Vaccination in Bombay 1902-1912 - 1902-1912
Year: 1902
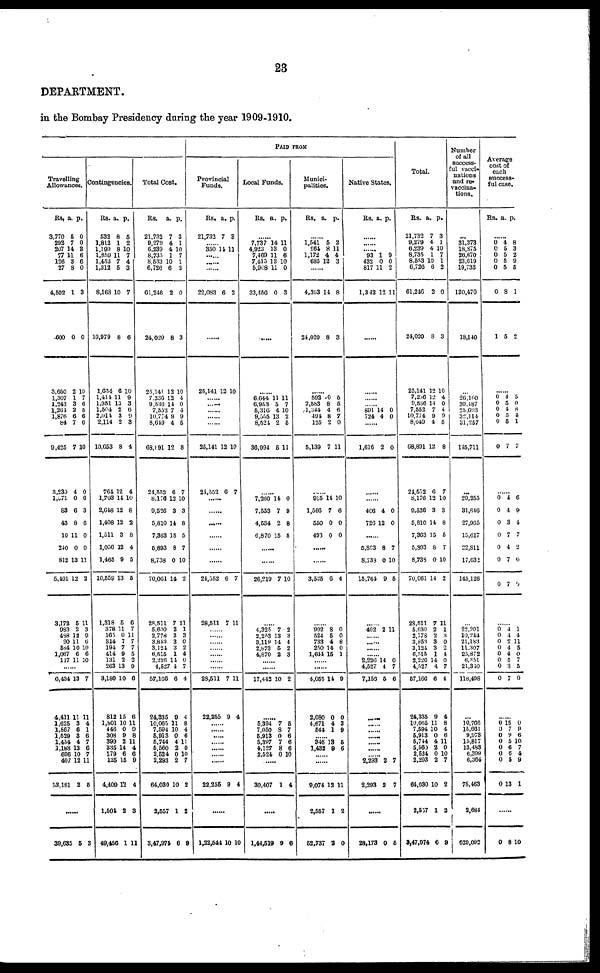
23
DEPARTMENT.
in the Bombay Presidency during the year 1909-1910.
Travelling
Allowances.
Rs.
3,770
292
207
77
126
27
4,502
600
3,650
1,307
1,243
1,264
1,876
84
9,425
3,230
1,671
83
43
10
240
812
5,491
3,172
983
488
20
584
1,067
117
a.
5
7
14
11
3
8
1
0
2
1
3
2
6
7
7
4
0
6
8
11
0
13
12
5
2
12
11
10
6
11
p.
0
0
3
6
6
0
3
0
10
7
6
5
6
0
10
0
6
3
6
0
0
11
2
11
3
9
6
10
6
10
......
6,434
4,411
1,625
1,867
1,529
1,454
1,188
696
407
13,181
13
11
3
6
3
4
13
10
12
2
7
11
4
1
6
7
6
7
11
5
......
39,635 5
3
Contingencies.
Rs.
532
1,812
1,199
1,859
1,452
1,312
8,168
10,979
1,634
1,414
1,951
1,504
2,014
2,114
10,653
764
1,703
2,648
1,408
1,511
1,056
1,465
10,559
1,318
378
165
314
194
414
131
263
3,180
812
1,801
446
308
399
335
179
125
4,409
1,504
49,456
a.
8
1
8
11
7
5
10
8
6
11
13
2
3
2
8
12
14
12
12
3
12
9
13
5
11
0
7
7
9
2 13
10
15
10
0
9
2
14
6
15
12
2
1
p.
5
2
10
7
4
3
7
6
10
9
3
6
9
3
4
4
10
8
2
8
4
5
5
6
V
11
7
7
5
2
9
6
6
11
9
8
11 4
6
9
4
3
11
Total Cost.
Rs.
21,732
9,279
6,239
8,735
8,533
6,726
61,246
24,020
25,141
7,236
9,536
7,552
10,774
8,649
68,891
24,552
8,176
9,526
5,810
7,363
5,893
8,738
70,061
28,511
5,630
2,778
3,853
3,124
6,515
2,226
4,527
57,166
24,335
10,065
7,594
5,913
5,744
5,560
2,524
2,293
64,030
2,557
3,47,974
a.
7
4
4
1
10
6
2
8
12
12
14
7
9
4
12
6
12
3
14
15
8
0
14
7
2
2
3
3
1
14
4
6
9
11
10
0
4
2
0
2
10
1
6
p.
3
1
10
7
1
2
0
3
10
4
0
4
9
5
8
7
10
3
8
5
7
10
2
11
1
3
0
2
4
0
7
4
4
8
4
6
11
0
10
7
2
2
9
PAID FROM
Provincial
Funds.
Rs.
21,732
a.
7
p.
3
...... 350 14 11
......
......
......
22,083 6 2
......
25,141 12 10
......
......
......
......
25,141
24,552
12
6
10
7
......
......
......
......
......
24,552
28,511
6
7
7
11
......
......
......
......
......
......
......
28,511
22,255
7
9
11
4
......
......
......
......
......
......
......
22,256 9 4
......
1,22,544 10 10
Local Funds.
Rs. a. p.
......
7,737
4,923
7,469
7,415
5,908
33,456
14
13
11
13
11
0
11 0
6
10
0
3
......
......
6,644
6,953
5,316
9,555
8,524
36,994
11
5
4
13
2
5
11
7
10
2
5
11
......
7,260
7,553
4,534
6,870
14
7
2
15
0
9
8
5
......
......
26,219 7 10
......
4,325
2,253
3,119
2,873
4,870
7
13
14
5
2
2
3
4
2
3
......
......
17,442 10 2
......
5,394
7,050
5,913
5,397
4,127
2,524
7
8
0
7 8
0
5
7
6
6
6
10
......
30,407 1 4
......
1,44,519 9 6
Munici-
palities.
Rs. a. p.
......
1,541
964
1,172
685
5
8
4
12
2
11
4
3
......
4,363
24,020
14
8
8
3
......
592
2,583
1,344
494
125
5,139
0
8
4
8
2
7
5
5
6
7
0
11
......
915
1,566
550
493
14
7
0
0
10
6
0
0
......
......
3,525 6 4
......
902
524
733
250
1,644
8
5
4
14
15
0
0
8
0
1
......
......
4,055
2,080
4,671
544
14
0
4
1
9
0
3
9
...... 346
1,432
13
9
5
6
......
......
9,074
2,557
52,737
12
1
2
11
2
0
Native States.
Rs. a. p.
......
......
...... 93
432
817
1,342
1
0
11
12
9
0
2
11
......
......
......
...... 891
724
14
4
0
0
......
1,616 2 0
......
......
406
726
4
12
0
0
......
5,893
8,738
15,764
8
0
9
7
10
5
......
402 2 11
......
......
...... 2,226
4,527
7,153
14
4
5
0
7
6
......
......
...... ......
......
......
...... 2,293
2,293
2
2
7
7
......
28,173 0 5
Total.
Rs.
21,732
9,279
6,239
8,735
8,553
6,726
61,246
24,020
25,141
7,236
9,536
7,552
10,774
8,649
68,891
24,552
8,176
9,526
5,810
7,363
5,893
8,738
70,061
23,511
5,630
2,778
3,853
3,124
6,515
2,226
4,527
57,166
24,335
10,065
7,594
5,913
5,744
5,560
2,524
2,293
64,030
2,557
3,47,974
a.
7
4
4
1
10
6
2
8
12
12
14
7
9
4
12
6
12
3
14
15
8
0
14
7
2
2
3
3
1
14
4
6
9
11
10
0
4
2
0
2
10
1
6
p.
3
1
10
7
1
2
0
3
10
4
0
4
9
5
8
7
10
3
8
5
7
10
2
11
1
3
0
2
4
0
7
4
4
8
4
6
11
0
10
7
2
2
9
Number
of all
success-
ful vacci-
nations
and re-
vaccina-
tions.
...
31,373
18,875
26,870
23,619
19,733
120,470
18,140
...
26,160
30,487
25,693
32,114
31,257
145,711
...
29,255
31,846
27,965
15,617
22,811
17,632
145,126
...
22,201
10,244
21,183
11,307
25,872
6,351
21,340
118,498
...
10,766
15,661
9,973
15,817
13,483
6,399
6,364
78,463
2,684
629,092
Average
cost of
each
success-
ful case.
Rs. a. p.
......
0
0
0
0
0
0
1
4
5
5
5
5
8
5
8
3
2
9
5
1
2
......
0
0
0
0
0
0
4
5
4
5
5
7
5
0
8
4
1
7
......
0
0
0
0
0
0
0
4
4
3
7
4
7
7
6
9
4
7
2
6
9
......
0
0
0
0
0
0
0
0
4
4
2
4
4
5
3
7
1
4
11
5
0
7
5
9
......
0
0
0
0
0
0
0
0
15
7
9
5
6
6
5
13
0
9
6
10
7
4
9
1
......
0 8 10